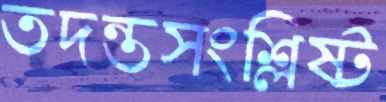
তদন্তসংশ্লিষ্ট